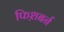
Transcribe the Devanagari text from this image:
फिश़बर्न